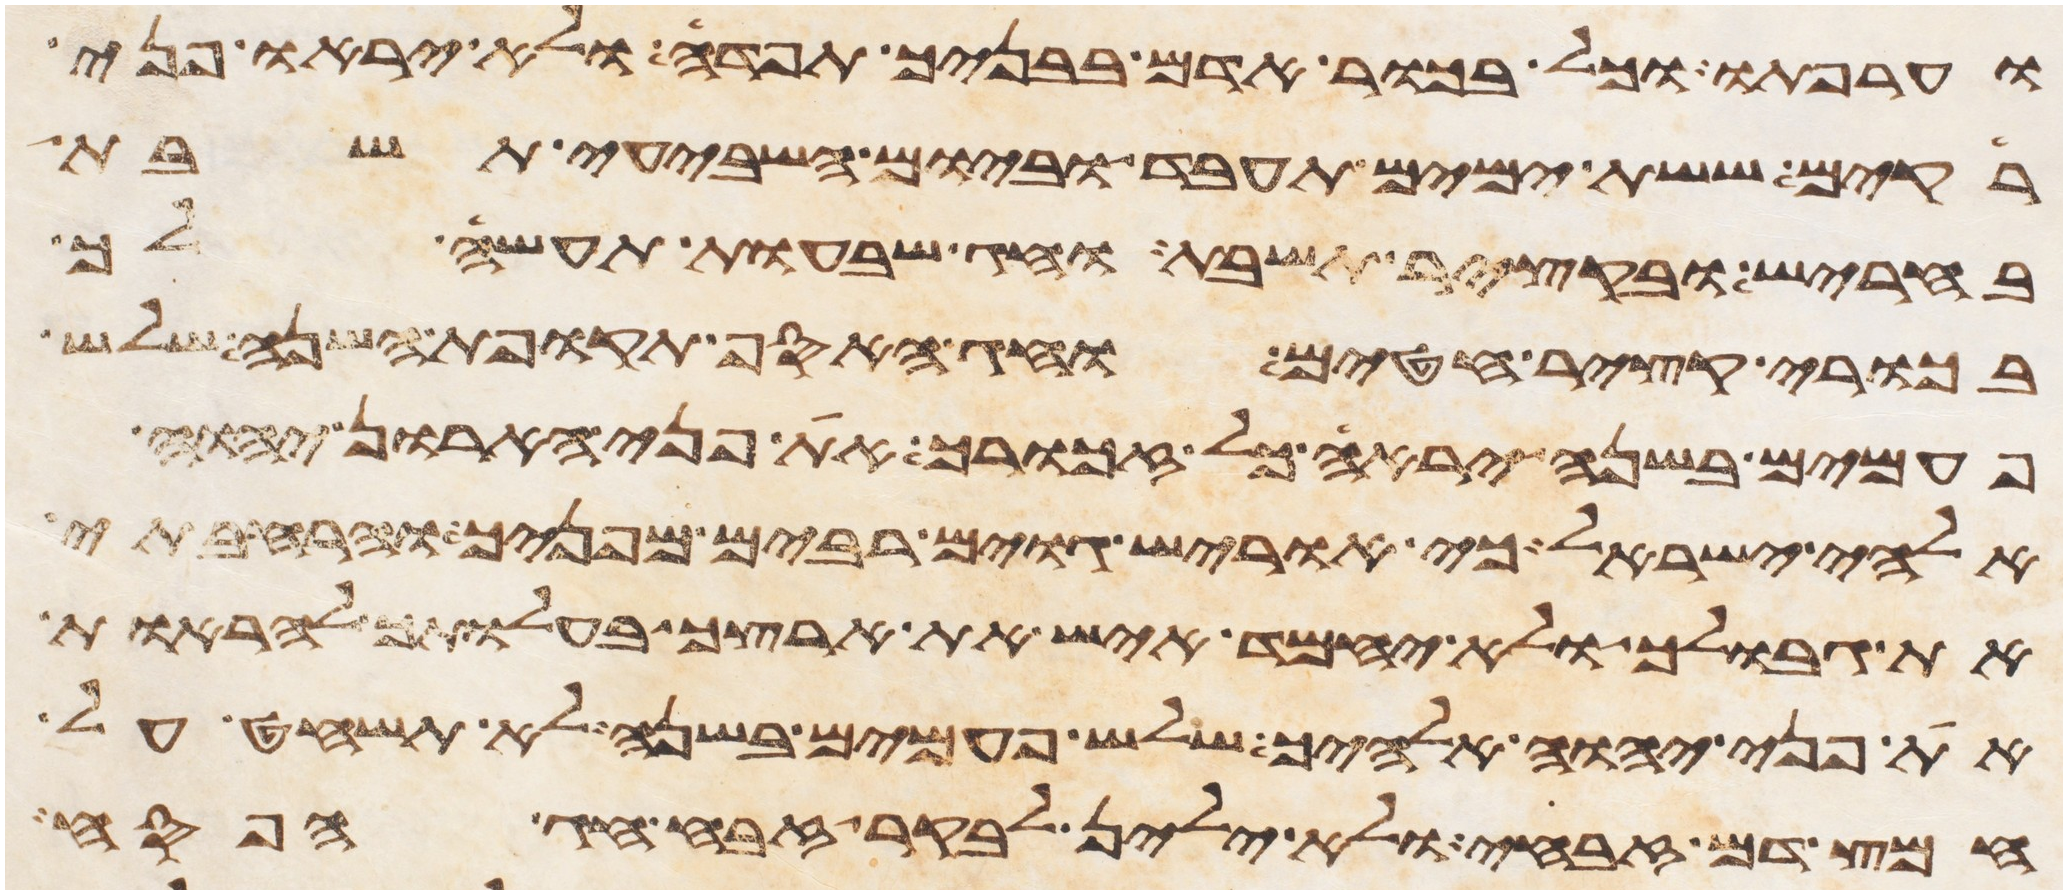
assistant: וערפתו וכל בכור אדם בבניך תפדה ולא יראו פני
רקים ששת ימים תעבד וביום השביעי תשבת
בחריש ובקציר תשבת וחג שבעות תעשה לך
בכורי קציר חטים וחג האסף תקופת השנה שלש
פעמים בשנה יראה כל זכורך את פני הארון יהוה
אלהי ישראל כי אוריש גוים רבים מפניך והרחבתי
את גבולך ולא יחמד איש את ארצך בהעלותך להראות
את פני יהוה אלהיך שלש פעמים בשנה לא תשחט על
חמץ דם זבחי ולא ילין לבקר זבח חג הפסח